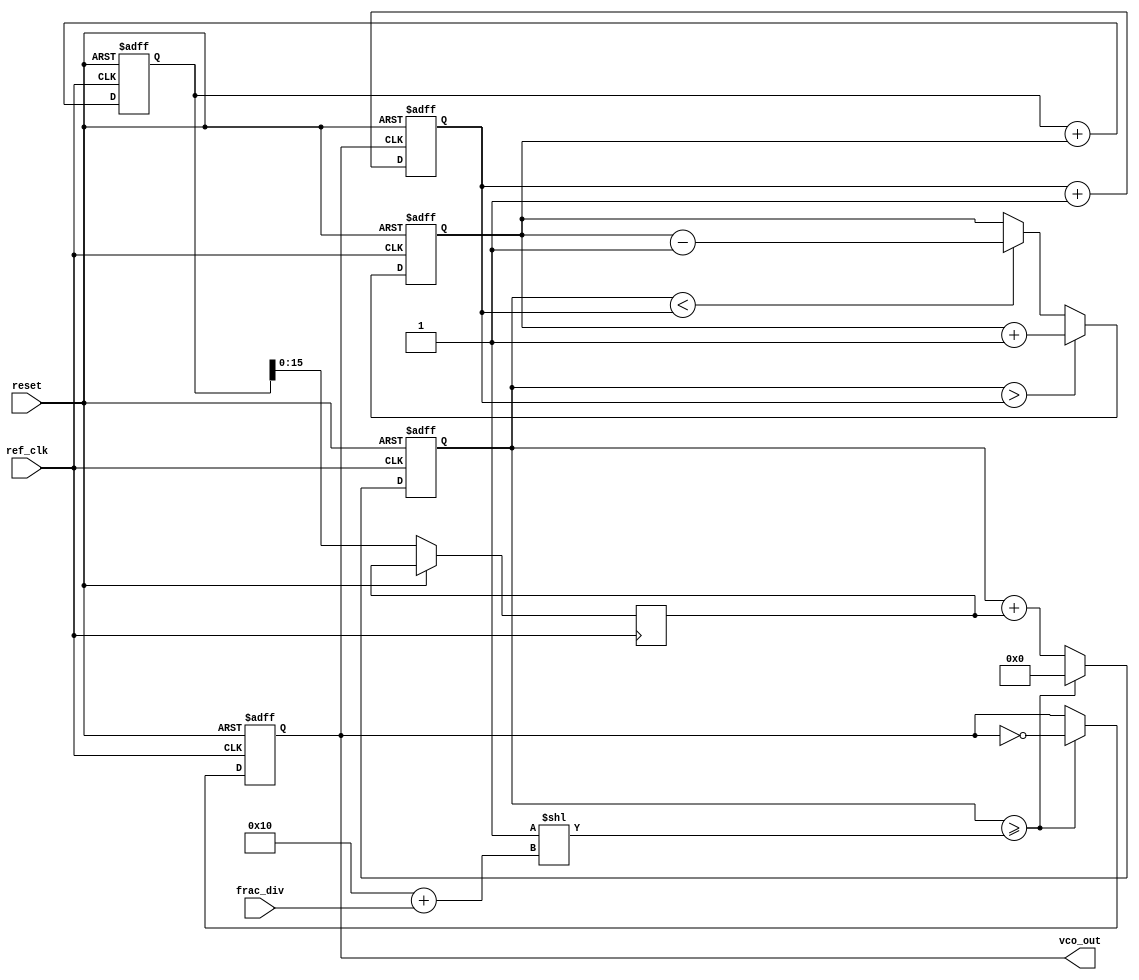
module fractional_PLL (
    input wire ref_clk,            // Reference clock input
    input wire reset,              // Reset signal
    input wire [15:0] frac_div,    // Fractional division ratio
    output reg vco_out             // VCO output
);

    // Internal signals
    reg [31:0] vco_counter;         // Counter for VCO frequency generation
    reg [15:0] phase_error;         // Phase error signal from PD
    reg [15:0] control_voltage;      // Control voltage for VCO
    reg [31:0] feedback_counter;     // Feedback counter for phase comparison
    reg [31:0] loop_filter;          // Loop filter output

    // Phase Detector (PD)
    always @(posedge ref_clk or posedge reset) begin
        if (reset) begin
            phase_error <= 16'b0;
        end else begin
            // Compare reference clock and feedback clock
            if (vco_counter > feedback_counter) begin
                phase_error <= phase_error + 1; // VCO is leading
            end else if (vco_counter < feedback_counter) begin
                phase_error <= phase_error - 1; // VCO is lagging
            end
        end
    end

    // Loop Filter
    always @(posedge ref_clk or posedge reset) begin
        if (reset) begin
            loop_filter <= 32'b0;
        end else begin
            // Simple first-order loop filter (could be more complex)
            loop_filter <= loop_filter + phase_error;
            control_voltage <= loop_filter[15:0]; // Control voltage for VCO
        end
    end

    // Voltage-Controlled Oscillator (VCO)
    always @(posedge ref_clk or posedge reset) begin
        if (reset) begin
            vco_counter <= 32'b0;
            vco_out <= 1'b0;
        end else begin
            // VCO frequency generation based on control voltage
            vco_counter <= vco_counter + control_voltage;
            if (vco_counter >= (1 << (16 + frac_div))) begin
                vco_counter <= 32'b0;
                vco_out <= ~vco_out; // Toggle output
            end
        end
    end

    // Feedback Counter
    always @(posedge vco_out or posedge reset) begin
        if (reset) begin
            feedback_counter <= 32'b0;
        end else begin
            feedback_counter <= feedback_counter + 1; // Increment feedback counter
        end
    end

endmodule